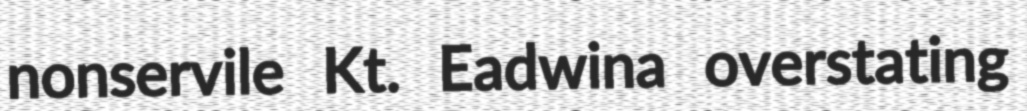
nonservile Kt. Eadwina overstating